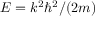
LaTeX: E = k ^ { 2 } \hbar ^ { 2 } / ( 2 m )